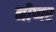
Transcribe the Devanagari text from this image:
नीप्पर